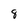
Character: 8